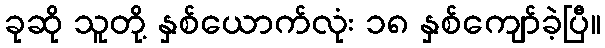
ခုဆို သူတို့ နှစ်ယောက်လုံး ၁၈ နှစ်ကျော်ခဲ့ပြီ။